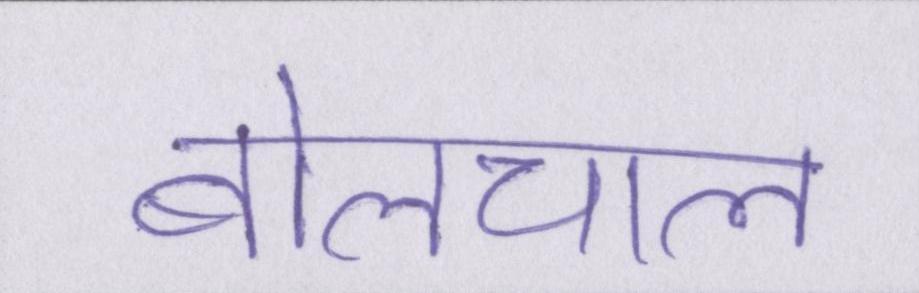
बोलचाल